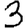
Digit: 3